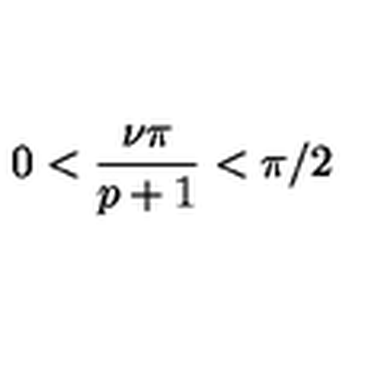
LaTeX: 0 < \displaystyle \frac { \nu \pi } { p + 1 } < \pi / 2